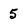
Character: 5